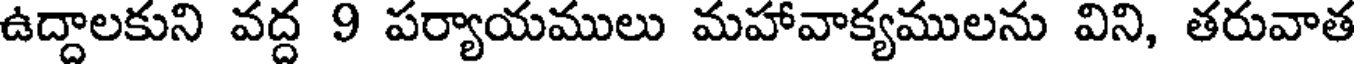
ఉద్దాలకుని వద్ద 9 పర్యాయములు మహావాక్యములను విని, తరువాత